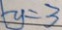
y = 3